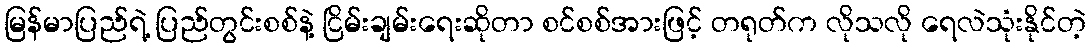
မြန်မာပြည်ရဲ့ ပြည်တွင်းစစ်နဲ့ ငြိမ်းချမ်းရေးဆိုတာ စင်စစ်အားဖြင့် တရုတ်က လိုသလို ရေလဲသုံးနိုင်တဲ့